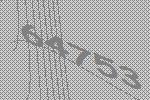
64753